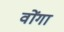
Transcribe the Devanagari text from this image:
वोंगा